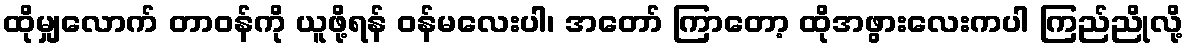
ထိုမျှလောက် တာဝန်ကို ယူဖို့ရန် ဝန်မလေးပါ၊ အတော် ကြာတော့ ထိုအဖွားလေးကပါ ကြည်ညိုလို့